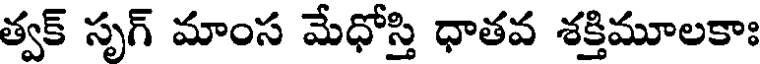
త్వక్ సృగ్ మాంస మేధోస్తి ధాతవ శక్తిమూలకాః